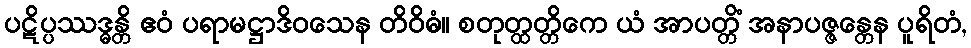
ပဋိပ္ပဿဒ္ဓန္တိ ဧဝံ ပရာမဋ္ဌာဒိဝသေန တိဝိဓံ။ စတုတ္ထတ္တိကေ ယံ အာပတ္တိံ အနာပဇ္ဇန္တေန ပူရိတံ,